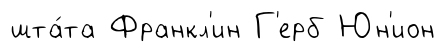
шта́та Франкл'ин Г'ерб Юн'ион